画像に写った文字を読んでください
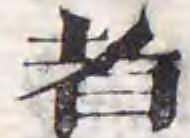
「者」と書いてあります